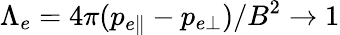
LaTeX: \Lambda_{e}=4\pi(p_{e\parallel}-p_{e\perp})/B^{2}\to 1